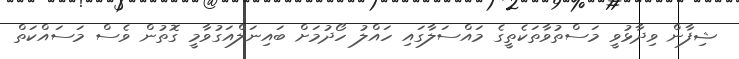
ޝިފާން ވިދާޅުވީ މަސްތުވާތަކެތީގެ މައްސަލާގައި ހައްލު ހޯދުމަށް ބައިނަލްއަގުވާމީ ގޮތުން ވެސް މަސައްކަތް